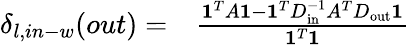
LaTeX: \begin{array}{rl}{\delta_{l,in-w}(out)=}&{{}\frac{\mathbf{1}^{T}A\mathbf{1}-\mathbf{1}^{T}D_{\mathrm{in}}^{-1}A^{T}D_{\mathrm{out}}\mathbf{1}}{\mathbf{1}^{T}\mathbf{1}}}\end{array}